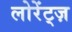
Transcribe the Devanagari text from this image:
लोरेंट्ज़